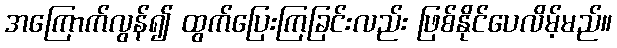
အကြောက်လွန်၍ ထွက်ပြေးကြခြင်းလည်း ဖြစ်နိုင်ပေလိမ့်မည်။